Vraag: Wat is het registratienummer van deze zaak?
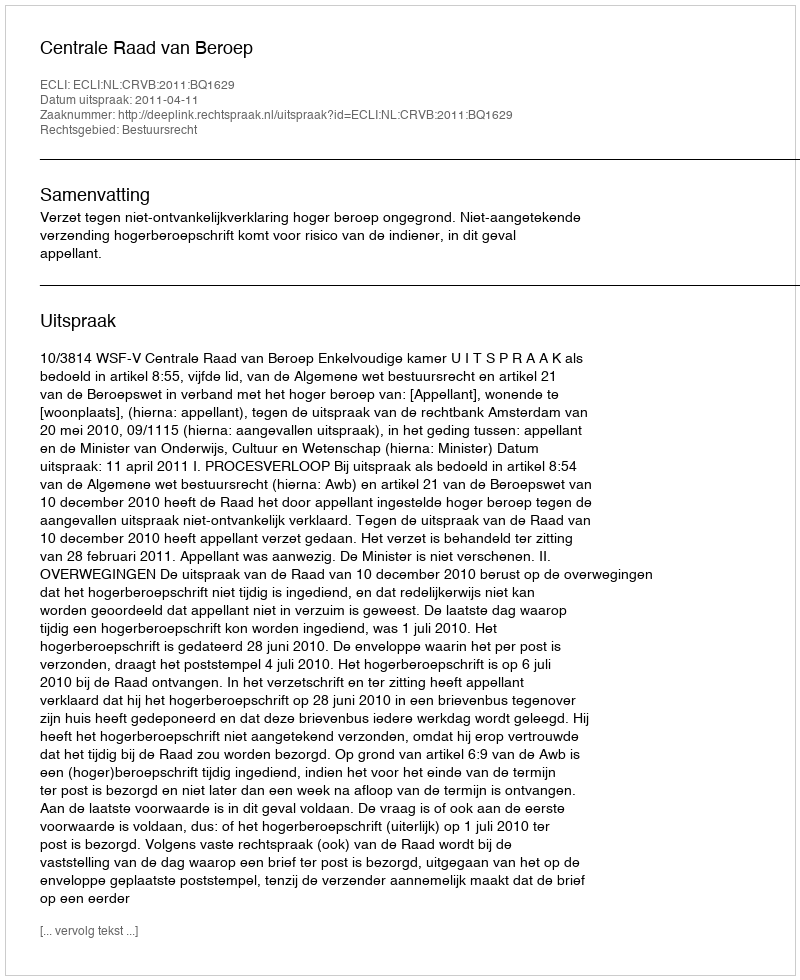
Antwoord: http://deeplink.rechtspraak.nl/uitspraak?id=ECLI:NL:CRVB:2011:BQ1629